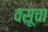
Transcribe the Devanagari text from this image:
वसूचा